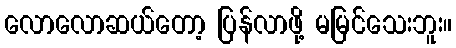
လောလောဆယ်တော့ ပြန်လာဖို့ မမြင်သေးဘူး။